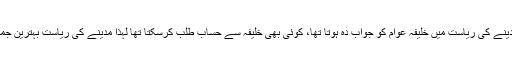
ان کا کہنا تھا کہ مدینے کی ریاست میں خلیفہ عوام کو جواب دہ ہوتا تھا، کوئی بھی خلیفہ سے حساب طلب کرسکتا تھا لہذا مدینے کی ریاست بہترین جمہوری ریاست تھی۔